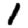
Digit: 1